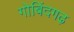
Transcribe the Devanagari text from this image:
गोबिंदगढ़